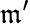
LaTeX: \mathfrak{m}^{\prime}